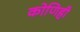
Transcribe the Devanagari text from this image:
कोणिही